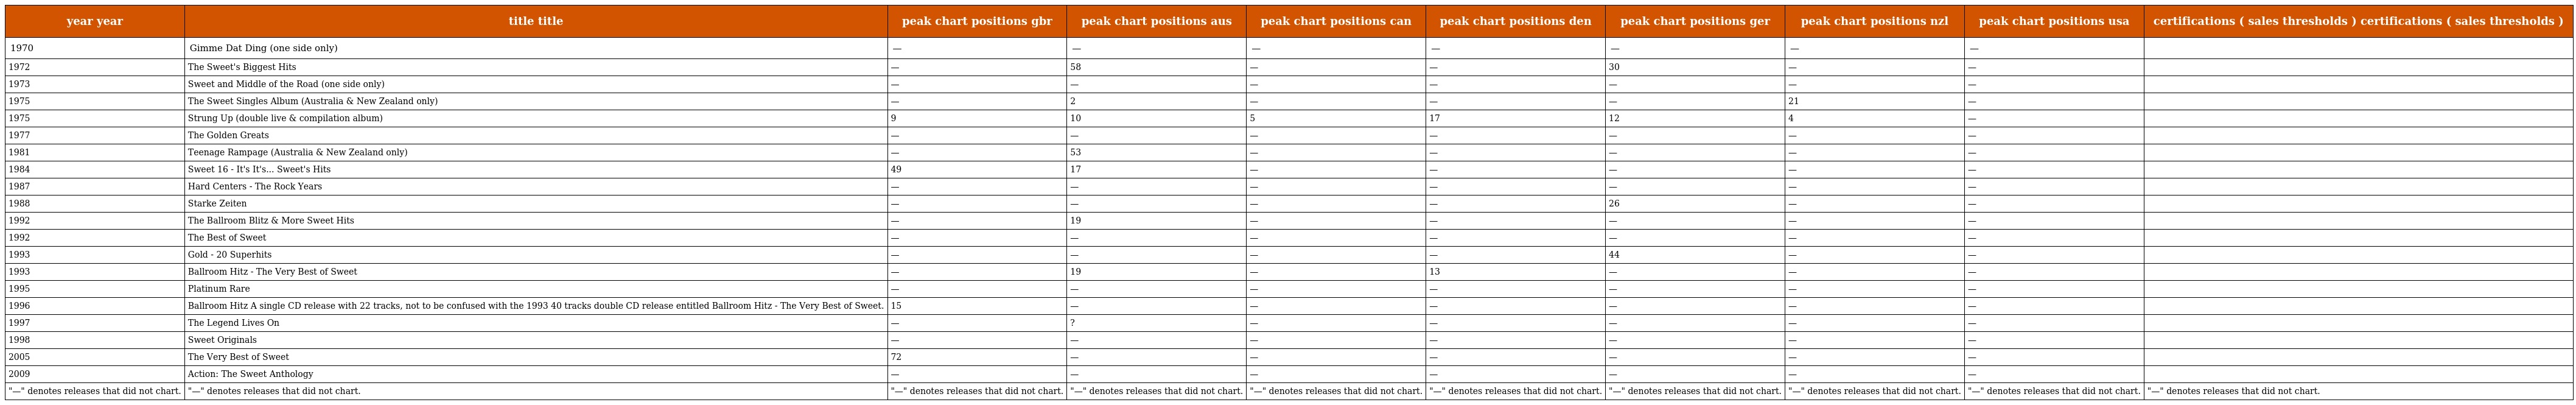
| year year | title title | peak chart positions gbr | peak chart positions aus | peak chart positions can | peak chart positions den | peak chart positions ger | peak chart positions nzl | peak chart positions usa | certifications ( sales thresholds ) certifications ( sales thresholds ) |
 | --- | --- | --- | --- | --- | --- | --- | --- | --- | --- |
 | 1970 | Gimme Dat Ding (one side only) | — | — | — | — | — | — | — |  |
 | 1972 | The Sweet's Biggest Hits | — | 58 | — | — | 30 | — | — |  |
 | 1973 | Sweet and Middle of the Road (one side only) | — | — | — | — | — | — | — |  |
 | 1975 | The Sweet Singles Album (Australia & New Zealand only) | — | 2 | — | — | — | 21 | — |  |
 | 1975 | Strung Up (double live & compilation album) | 9 | 10 | 5 | 17 | 12 | 4 | — |  |
 | 1977 | The Golden Greats | — | — | — | — | — | — | — |  |
 | 1981 | Teenage Rampage (Australia & New Zealand only) | — | 53 | — | — | — | — | — |  |
 | 1984 | Sweet 16 - It's It's... Sweet's Hits | 49 | 17 | — | — | — | — | — |  |
 | 1987 | Hard Centers - The Rock Years | — | — | — | — | — | — | — |  |
 | 1988 | Starke Zeiten | — | — | — | — | 26 | — | — |  |
 | 1992 | The Ballroom Blitz & More Sweet Hits | — | 19 | — | — | — | — | — |  |
 | 1992 | The Best of Sweet | — | — | — | — | — | — | — |  |
 | 1993 | Gold - 20 Superhits | — | — | — | — | 44 | — | — |  |
 | 1993 | Ballroom Hitz - The Very Best of Sweet | — | 19 | — | 13 | — | — | — |  |
 | 1995 | Platinum Rare | — | — | — | — | — | — | — |  |
 | 1996 | Ballroom Hitz A single CD release with 22 tracks, not to be confused with the 1993 40 tracks double CD release entitled Ballroom Hitz - The Very Best of Sweet. | 15 | — | — | — | — | — | — |  |
 | 1997 | The Legend Lives On | — | ? | — | — | — | — | — |  |
 | 1998 | Sweet Originals | — | — | — | — | — | — | — |  |
 | 2005 | The Very Best of Sweet | 72 | — | — | — | — | — | — |  |
 | 2009 | Action: The Sweet Anthology | — | — | — | — | — | — | — |  |
 | "—" denotes releases that did not chart. | "—" denotes releases that did not chart. | "—" denotes releases that did not chart. | "—" denotes releases that did not chart. | "—" denotes releases that did not chart. | "—" denotes releases that did not chart. | "—" denotes releases that did not chart. | "—" denotes releases that did not chart. | "—" denotes releases that did not chart. | "—" denotes releases that did not chart. |